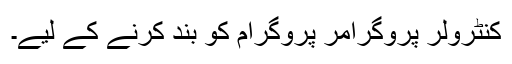
کنٹرولر پروگرامر پروگرام کو بند کرنے کے لیے۔